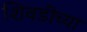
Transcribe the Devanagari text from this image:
शिवडीच्या